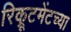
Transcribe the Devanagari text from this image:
रिक्रूटमेंटच्या